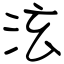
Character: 泫